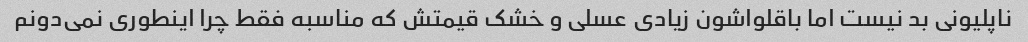
ناپلیونی بد نیست اما باقلواشون زیادی عسلی و خشک قیمتش که مناسبه فقط چرا اینطوری نمی‌دونم